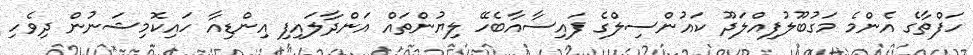
ހަފްތާގެ އެންމެ މަގުބޫލުފިއްލަދޫ ކައުންސިލްގެ ފައިސާއާބެހޭ ލިޔުންތައް އަންދާލައިފި އިންޑިއާ ހައިކޮމިޝަނުން ދިވެހި